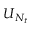
\boldsymbol { U } _ { N _ { t } }